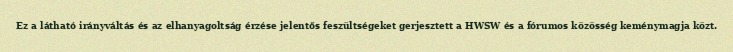
Ez a látható irányváltás és az elhanyagoltság érzése jelentős feszültségeket gerjesztett a HWSW és a fórumos közösség keménymagja közt.